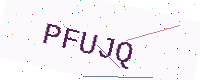
Text: PFUJQ